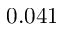
0 . 0 4 1